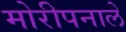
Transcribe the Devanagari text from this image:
मोरीपनाले